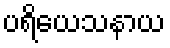
ပရိယေသနာယ